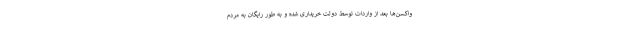
واکسن‌ها بعد از واردات توسط دولت خریداری شده و به طور رایگان به مردم